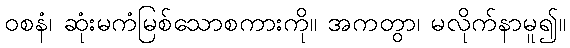
ဝစနံ၊ ဆုံးမကံမြစ်သောစကားကို။ အကတွာ၊ မလိုက်နာမူ၍။